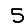
Digit: 5